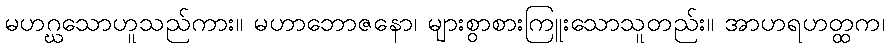
မဟဂ္ဃသောဟူသည်ကား။ မဟာဘောဇနော၊ များစွာစားကြူးသောသူတည်း။ အာဟရဟတ္ထက၊